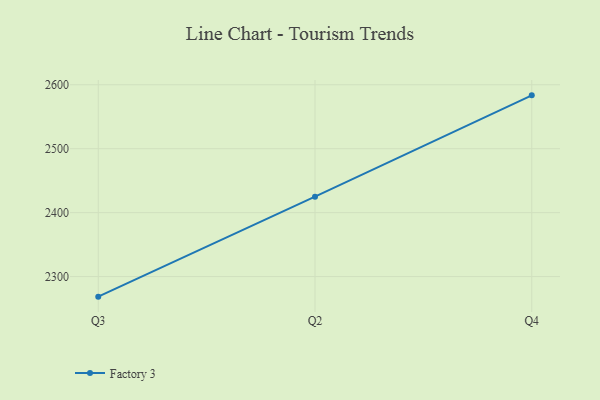
{"axis": {"x": "Quarter", "y": "Operating Costs (USD K)"}, "legend": ["Factory 3"], "data": [{"x": "Q3", "y": 2268.6, "type": "Factory 3"}, {"x": "Q2", "y": 2424.9, "type": "Factory 3"}, {"x": "Q4", "y": 2583.4, "type": "Factory 3"}]}